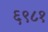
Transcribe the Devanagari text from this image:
६९८१